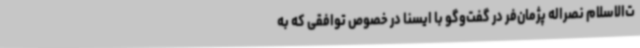
ت‌الاسلام نصراله پژمان‌فر در گفت‌وگو با ایسنا در خصوص توافقی که به